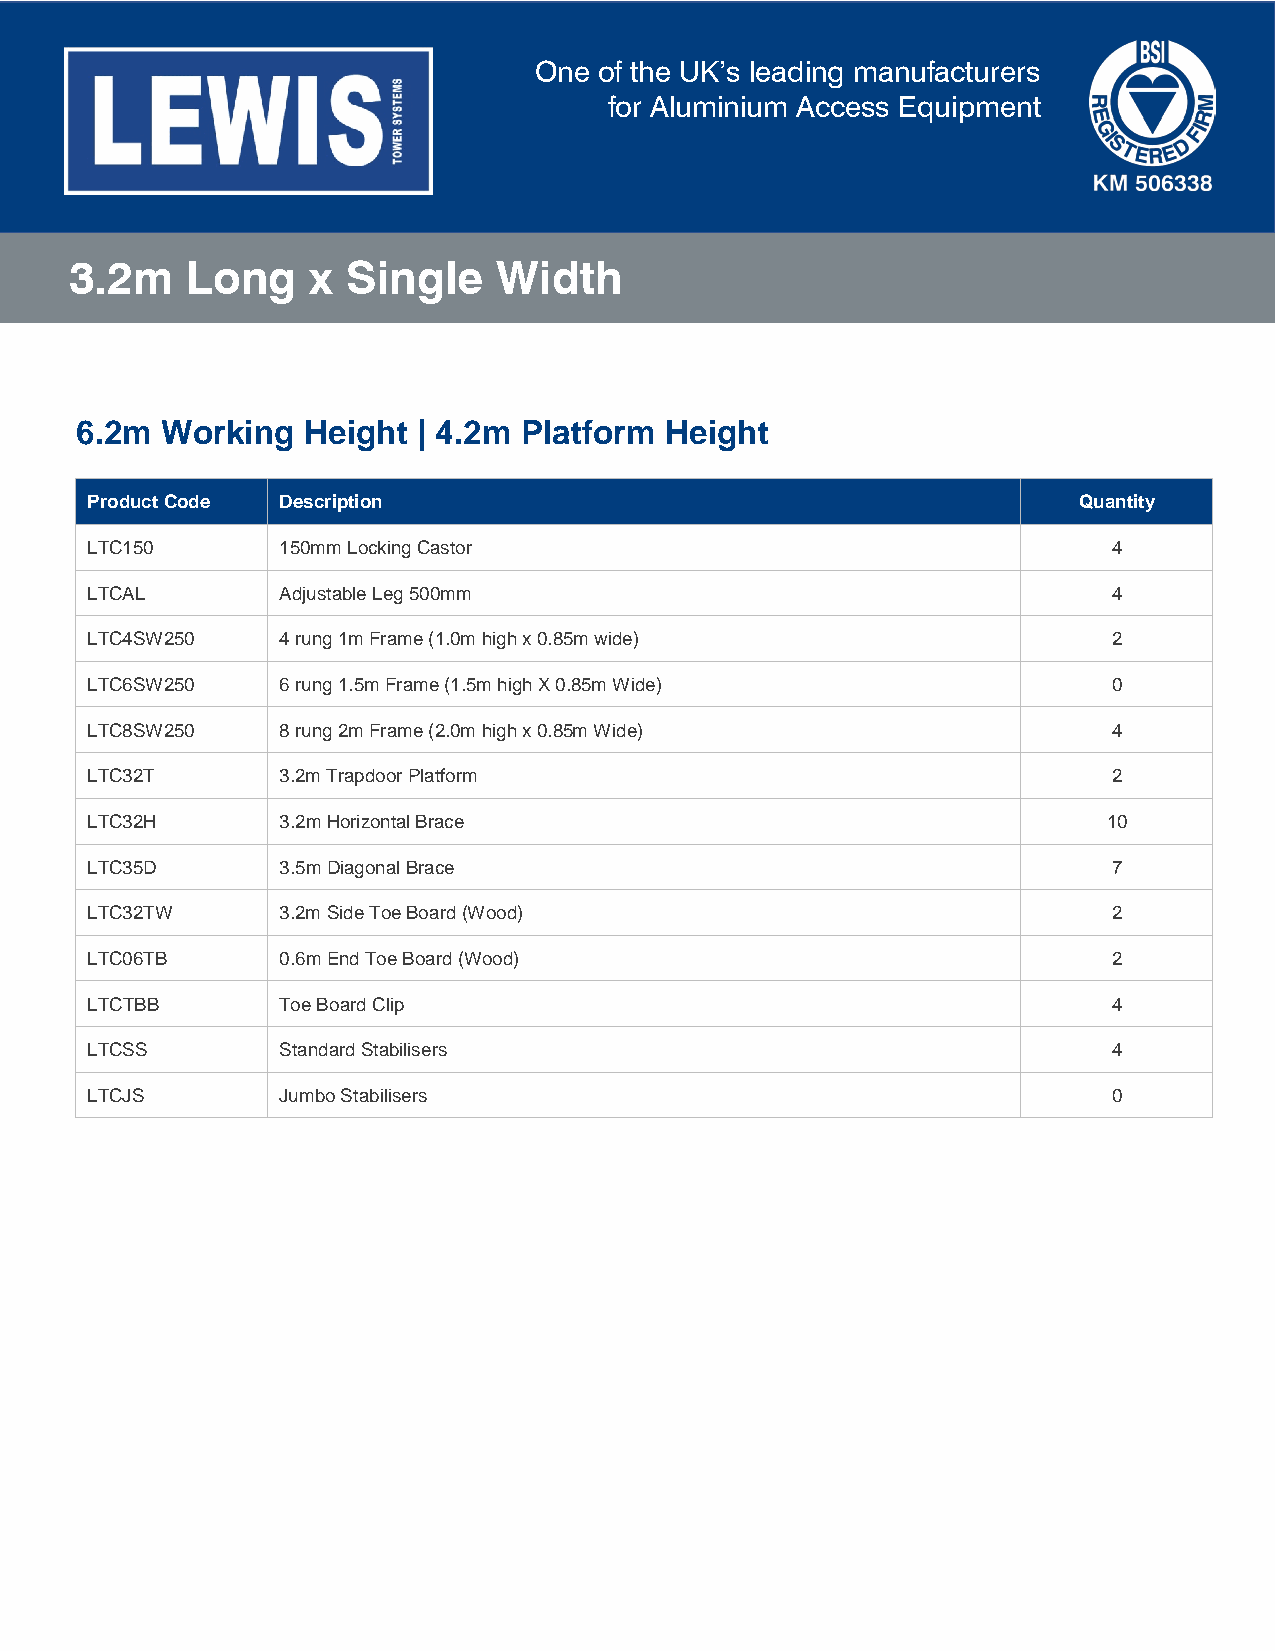
One  of the UK’s leading manufacturers
 for Aluminium Access Equipment
 3.2m   Long     x Single    Width
 6.2m  Working  Height  | 4.2m Platform Height
 Product Code Description                                         Quantity
 LTC150      150mm Locking Castor                                    4
 LTCAL       Adjustable Leg 500mm                                    4
 LTC4SW250   4 rung 1m Frame (1.0m high x 0.85m wide)                2
 LTC6SW250   6 rung 1.5m Frame (1.5m high X 0.85m Wide)              0
 LTC8SW250   8 rung 2m Frame (2.0m high x 0.85m Wide)                4
 LTC32T      3.2m Trapdoor Platform                                  2
 LTC32H      3.2m Horizontal Brace                                  10
 LTC35D      3.5m Diagonal Brace                                     7
 LTC32TW     3.2m Side Toe Board (Wood)                              2
 LTC06TB     0.6m End Toe Board (Wood)                               2
 LTCTBB      Toe Board Clip                                          4
 LTCSS       Standard Stabilisers                                    4
 LTCJS       Jumbo Stabilisers                                       0